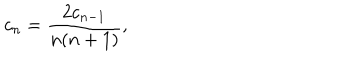
c _ { n } = { \frac { 2 c _ { n - 1 } } { n ( n + 1 ) } } ,